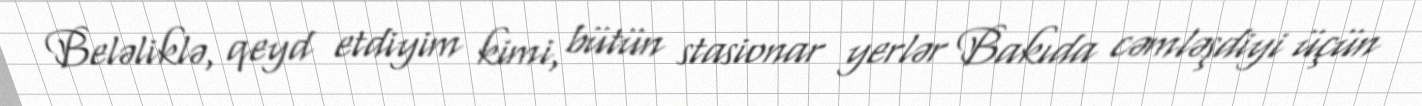
Beləliklə, qeyd etdiyim kimi, bütün stasionar yerlər Bakıda cəmləşdiyi üçün